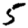
Digit: 5